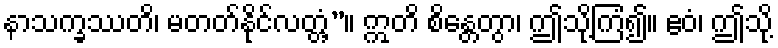
နာသက္ခဿတိ၊ မတတ်နိုင်လတ္တံ့”။ ဣတိ စိန္တေတွာ၊ ဤသို့ကြံ၍။ ဧဝံ၊ ဤသို့